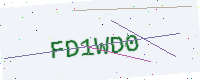
Text: FD1WD0